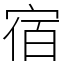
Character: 宿